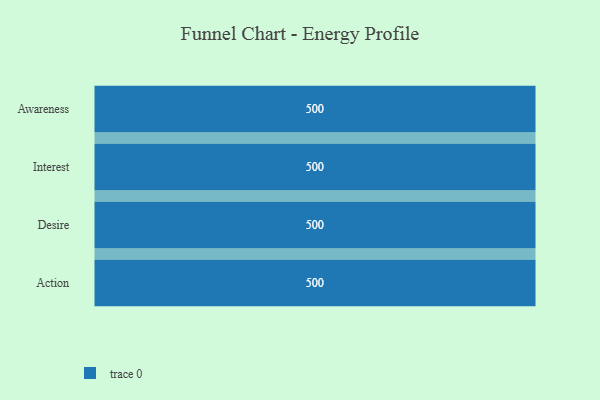
{"axis": {"x": "Stage", "y": "Value"}, "legend": [""], "data": [{"x": "Awareness", "y": 500, "type": ""}, {"x": "Interest", "y": 500, "type": ""}, {"x": "Desire", "y": 500, "type": ""}, {"x": "Action", "y": 500, "type": ""}]}